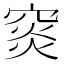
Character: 䆦